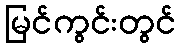
မြင်ကွင်းတွင်